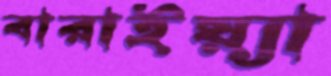
বারাইয়্যা